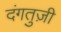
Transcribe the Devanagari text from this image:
दंगतुज़ी